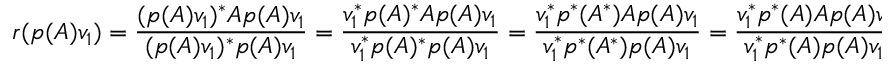
r ( p ( A ) v _ { 1 } ) = { \frac { ( p ( A ) v _ { 1 } ) ^ { * } A p ( A ) v _ { 1 } } { ( p ( A ) v _ { 1 } ) ^ { * } p ( A ) v _ { 1 } } } = { \frac { v _ { 1 } ^ { * } p ( A ) ^ { * } A p ( A ) v _ { 1 } } { v _ { 1 } ^ { * } p ( A ) ^ { * } p ( A ) v _ { 1 } } } = { \frac { v _ { 1 } ^ { * } p ^ { * } ( A ^ { * } ) A p ( A ) v _ { 1 } } { v _ { 1 } ^ { * } p ^ { * } ( A ^ { * } ) p ( A ) v _ { 1 } } } = { \frac { v _ { 1 } ^ { * } p ^ { * } ( A ) A p ( A ) v _ { 1 } } { v _ { 1 } ^ { * } p ^ { * } ( A ) p ( A ) v _ { 1 } } }